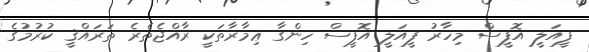
ފީއަލީ އޮފީސް މިހާރު ފީއަލީ އޮފީސް ހިންގާ ޢިމާރާތަކީ ރާއްޖެތެރެ ތަރައްޤީ ކުރުމުގެ